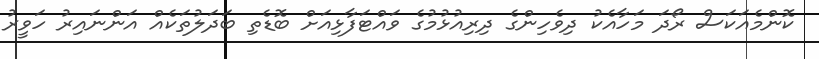
ކޮންމެއަކަސް ރޯދަ މަހާއެކު ދިވެހިންގެ ދިރިއުޅުމުގެ ވައްޓަފާޅިއަށް ބޮޑެތި ބަދަލުތަކެއް އަންނައިރު ހަވީރު